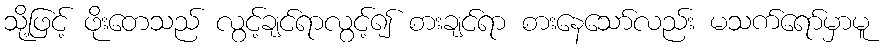
သို့ဖြင့် ဖိုးတေသည် လွင့်ချင်ရာလွင့်၍ စားချင်ရာ စားနေသော်လည်း မသက်ရော်မှာမူ